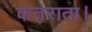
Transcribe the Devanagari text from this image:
कतराता।